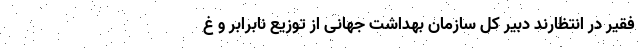
فقیر در انتظارند دبیر کل سازمان بهداشت جهانی از توزیع نابرابر و غ